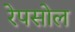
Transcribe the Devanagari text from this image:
रेपसोल